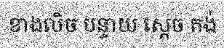
ខាងលិច បន្ទាយ ស្តេច គង់